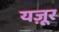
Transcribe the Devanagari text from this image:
यज़ूर